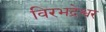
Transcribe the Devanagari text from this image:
विरभद्रेश्वर